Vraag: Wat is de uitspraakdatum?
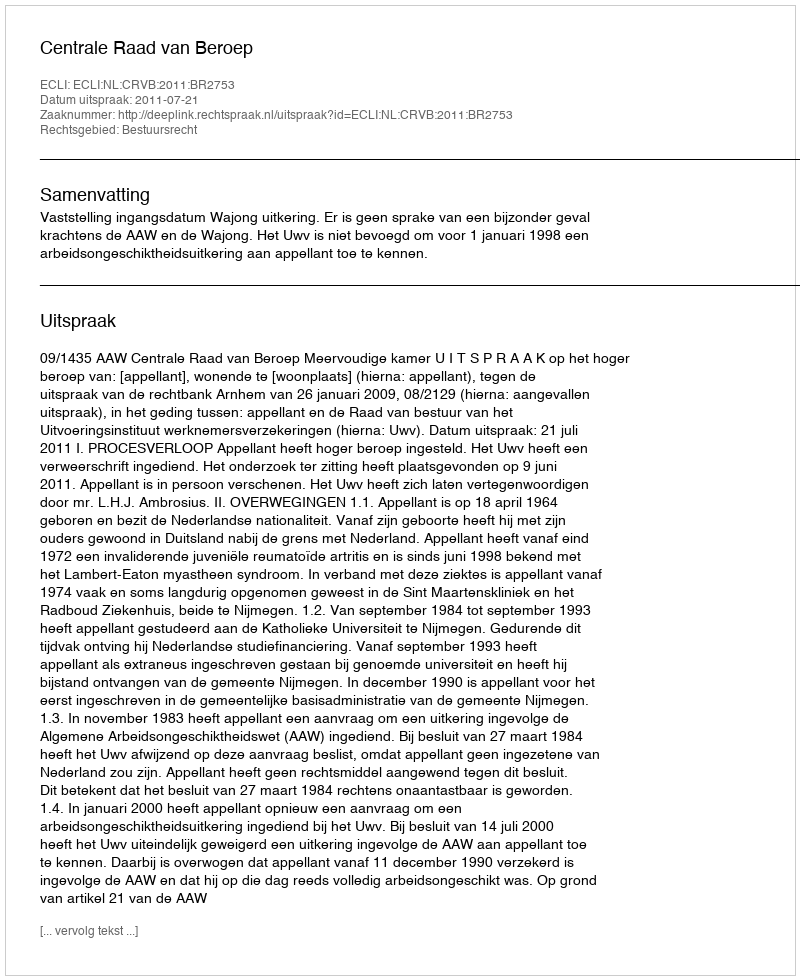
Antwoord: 2011-07-21